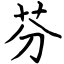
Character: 芬